NAE_kihelkonnakohtute_kirjad_ja_protokollid_1869-1889, lk 5
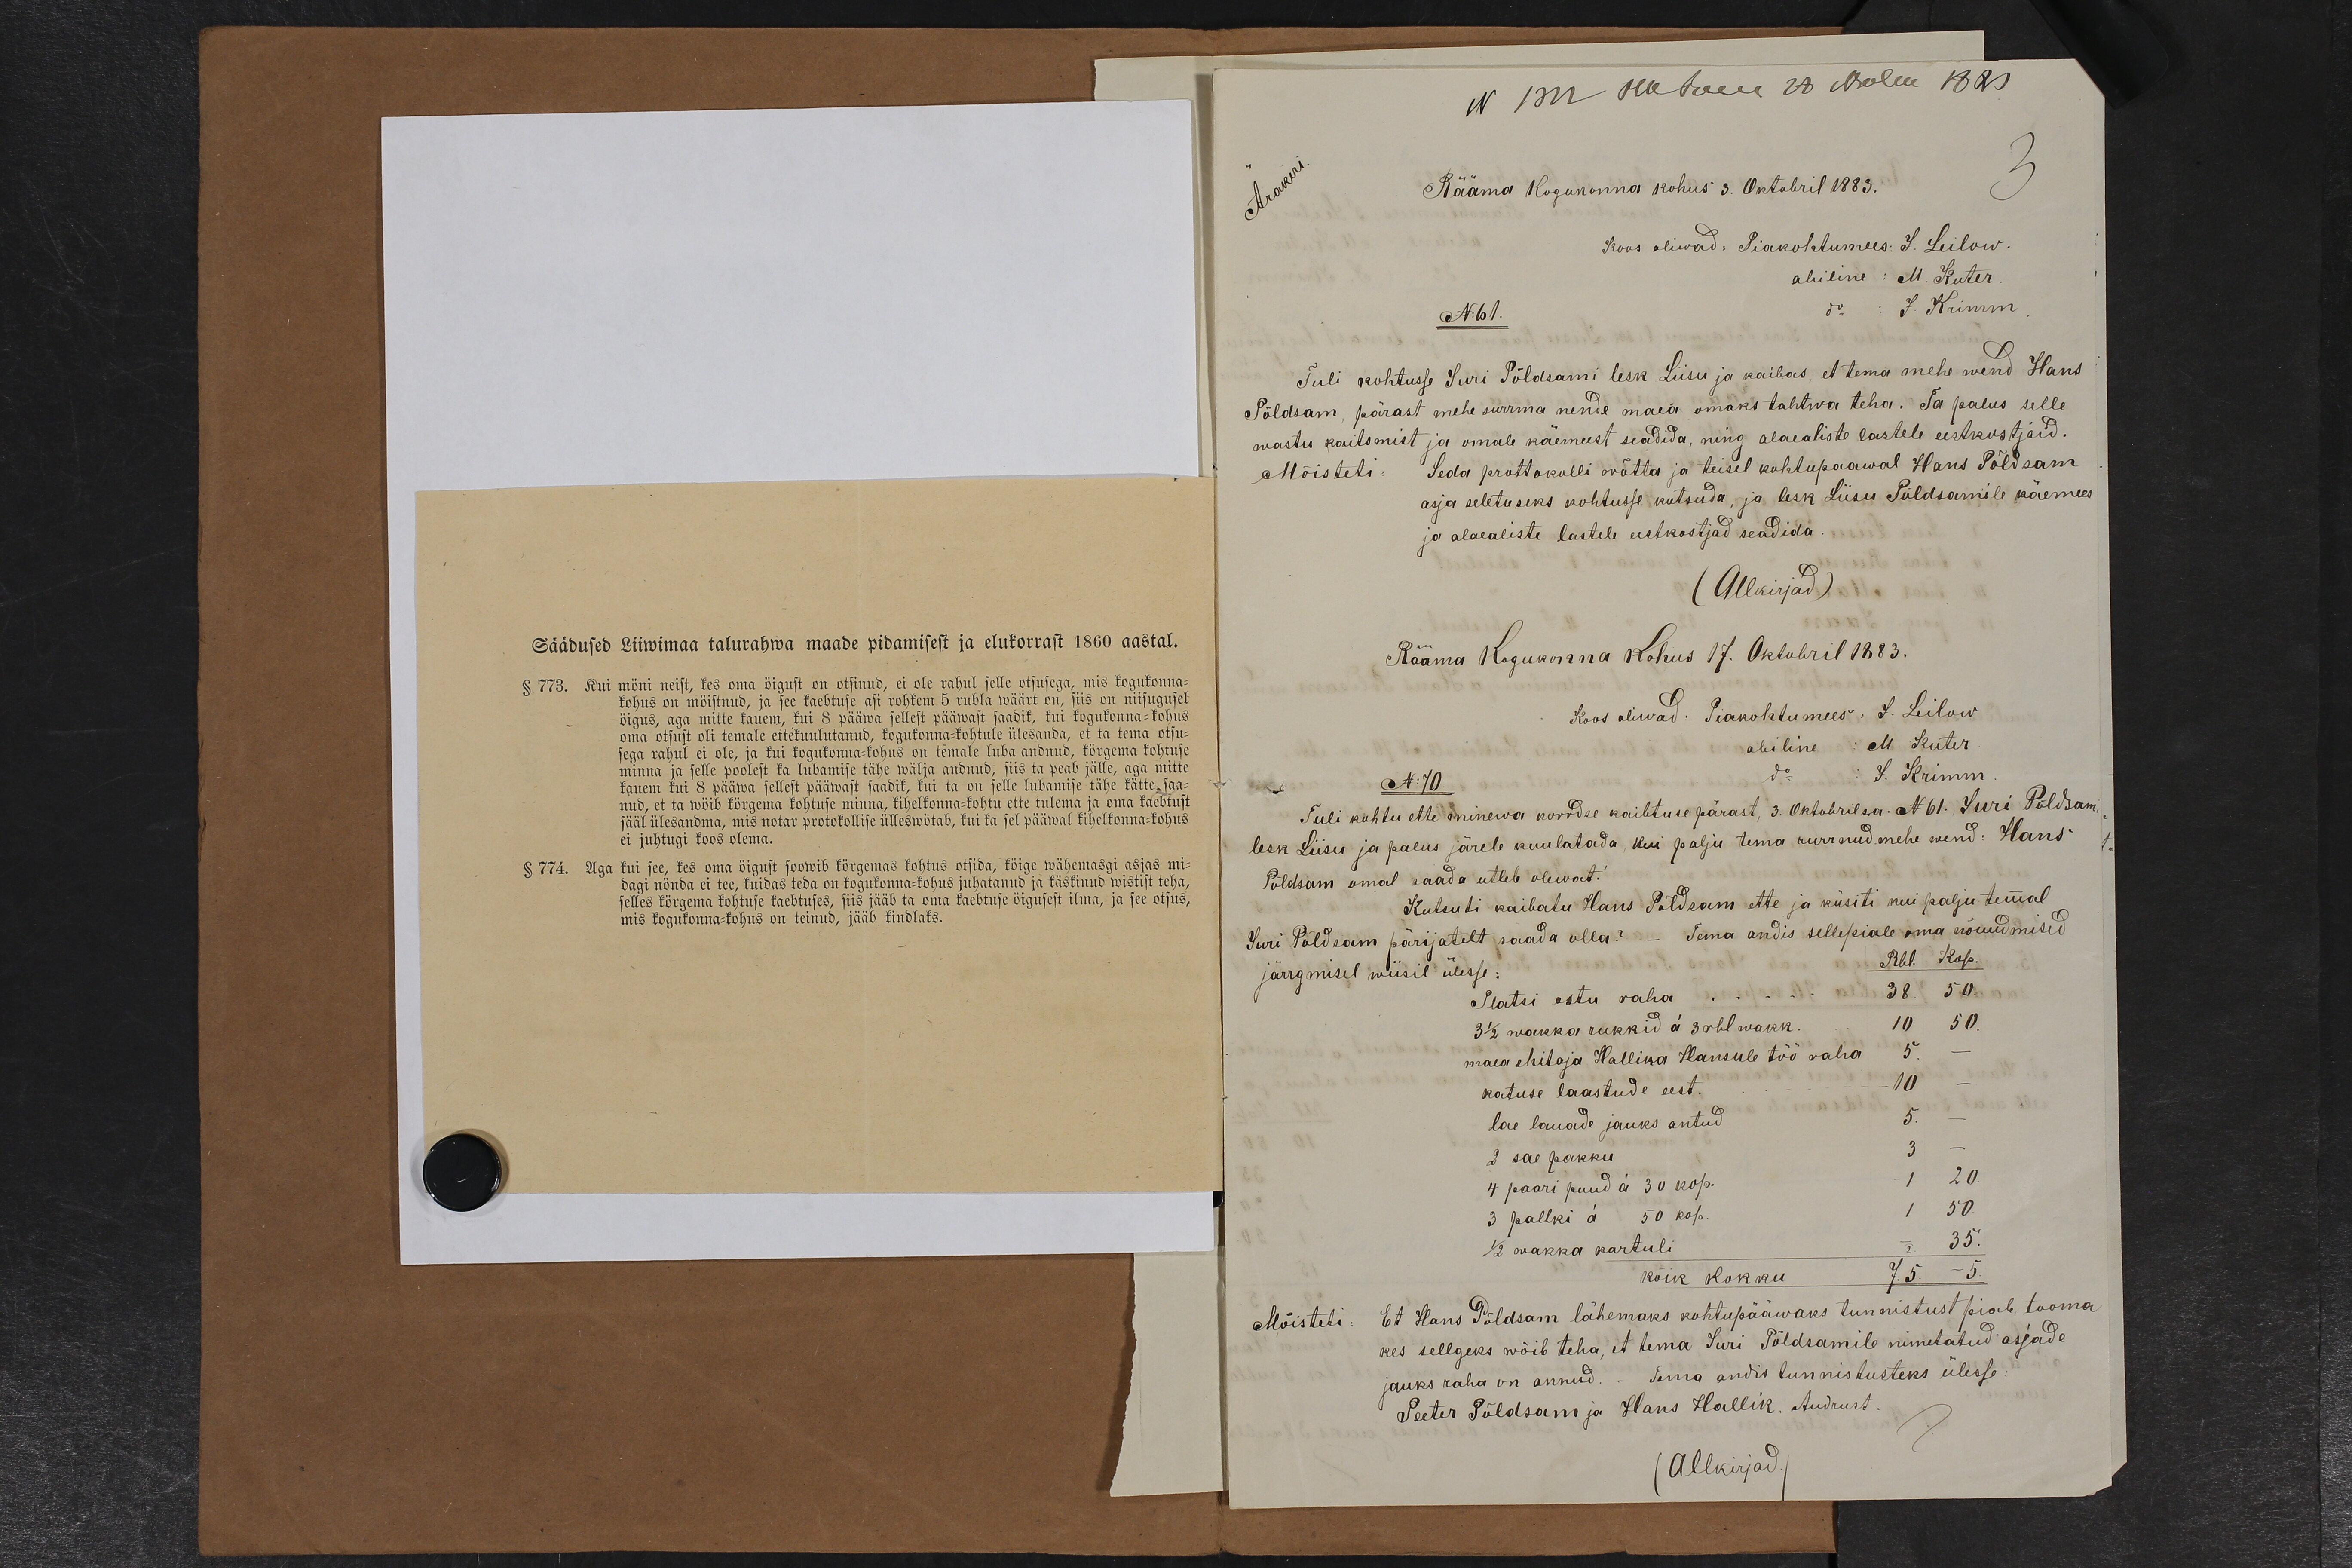
Rääma kogukonna kohus 3. Octobril 1883.
N61.
Tuli kohtusse Juri Põldsami lesk Liisu ja kaibas, et tema mehe wend Hans
Põldsam, pärast mehe surrma nende maea omaks tahtwa teha. Ta palus selle
wastu kaitsmist ja omale käemeest seadida, ning alaealiste lastele eestkustjaid.
Mõisteti: Seda prottokolli wõtta ja teisel kohtupaawal Hans Põldsam
asja seletuseks kohtusse kutsuda, ja lesk Liisu Põldsamile käemees
ja alaealiste lastel eeetkostjad seadida.
(Allkirjad)
Rääma Kogukonna Kohus 17. Oktobril 1883.
N:10.
Tuli kohtu ette minewa korrdse kaibtuse pärast, 3. Octobril sa. N 61. Juri Põldsam
lesk Liisu ja palus järele kuulatada, kui palju tema surrnud mehe wend: Hans
Põldsam omal saada utleb olewat.
Kutsuti kaibatu Hans Põldsam ette ja küsiti kui palju temal
Juri Põldsem pärijatelt saada olla? - Tema andis sellepiale oma nõuudmised
järgmisel wiisil ülesse:
Platsi estu raha
3 1/2 wakka rukkid á 3 rbl wakk.
maea ehitaja Hallika Hansule töö raha
katuse laastude eest.
lae lauade jauks antud
2 sae pakku
4 paari puud á 30 kop.
3 pallki á 50 kop
1/2 wakka kartuli
kõik kokku
Mõisteti. Et Hans Põldsam lähemaks kohtupääwaks tunnistust piab tooma
kes sellgeks wõib teha, et tema Juri Põldsamile nimetatud asjade
jauks raha on annud. Tema andis tunnistusteks ülesse
Peeter Põldsam ja Hans Hallik. Audrust
Allkirjad.